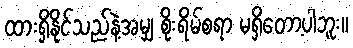
ထားရှိနိုင်သည်နဲ့အမျှ စိုးရိမ်စရာ မရှိတော့ပါဘူး။